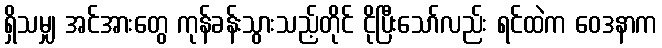
ရှိသမျှ အင်အားတွေ ကုန်ခန်းသွားသည့်တိုင် ငိုပြီးသော်လည်း ရင်ထဲက ဝေဒနာက